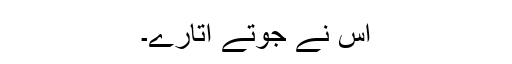
اس نے جوتے اتارے۔